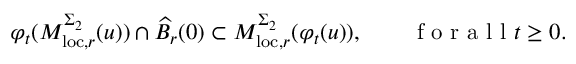
\varphi _ { t } ( M _ { \mathrm { l o c } , r } ^ { \Sigma _ { 2 } } ( u ) ) \cap \widehat { B } _ { r } ( 0 ) \subset M _ { \mathrm { l o c } , r } ^ { \Sigma _ { 2 } } ( \varphi _ { t } ( u ) ) , \qquad \mathrm { ~ f ~ o ~ r ~ a ~ l ~ l ~ } t \geq 0 .